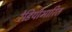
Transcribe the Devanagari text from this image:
रेडियोभारित